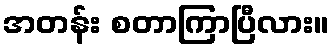
အတန်း စတာကြာပြီလား။